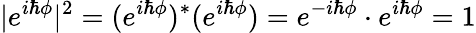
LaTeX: |e^{i\hbar\phi}|^{2}=(e^{i\hbar\phi})^{*}(e^{i\hbar\phi})=e^{-i\hbar\phi}\cdot e^{i\hbar\phi}=1